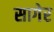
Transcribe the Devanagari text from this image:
सागेर